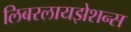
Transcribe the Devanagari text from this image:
लिबरलायझेशन्स